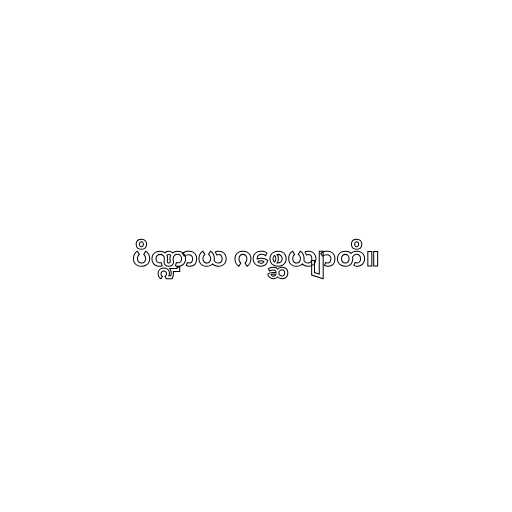
ပိဏ္ဍာယ ဂစ္ဆေယျာတိ။